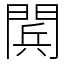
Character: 𨴴